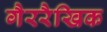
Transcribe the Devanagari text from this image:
गैररैखिक